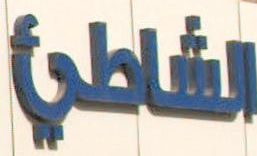
الشاطي